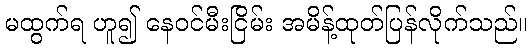
မထွက်ရ ဟူ၍ နေဝင်မီးငြိမ်း အမိန့်ထုတ်ပြန်လိုက်သည်။